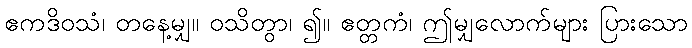
ဧကဒိဝသံ၊ တနေ့မျှ။ ဝသိတွာ၊ ၍။ ဧတ္တကံ၊ ဤမျှလောက်များ ပြားသော